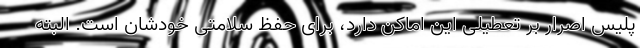
پلیس اصرار بر تعطیلی این اماکن دارد، برای حفظ سلامتی خودشان است. البته